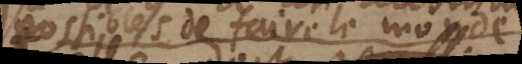
possibles de faire le monde